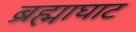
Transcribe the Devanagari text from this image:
ब्रह्माघाट